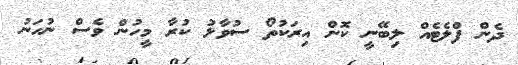
ދެން ފްލެޓެއް ލިބޭނީ ކޮން އިރަކުތޯ ސުވާލު ކުރާ މީހުން ވެސް ނުހަނު